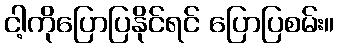
ငါ့ကိုပြောပြနိုင်ရင် ပြောပြစမ်း။